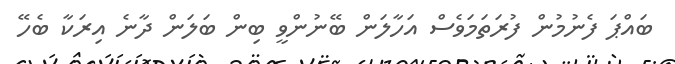
ބައްޕަ ފެނުމުން ފުރަތަމަވެސް އަހާލަން ބޭނުންވީ ބިން ބަލަން ދާނެ އިރަކާ ބެހޭ